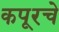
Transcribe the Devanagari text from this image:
कपूरचे